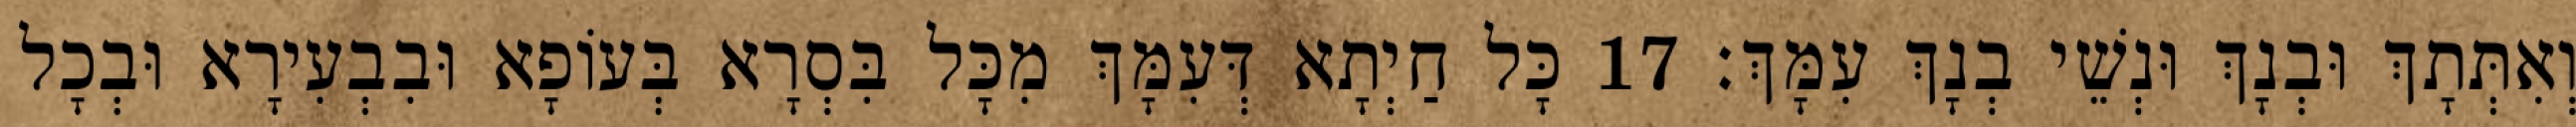
וְאִתְּתָךְ וּבְנָךְ וּנְשֵׁי בְנָךְ עִמָּךְ׃ 17 כָּל חַיְתָא דְּעִמָּךְ מִכָּל בִּסְרָא בְּעוֹפָא וּבִבְעִירָא וּבְכָל